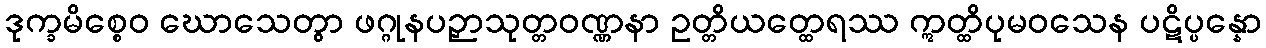
ဒုက္ခမိစ္စေဝ ဃောသေတွာ ဖဂ္ဂုနပဉှာသုတ္တဝဏ္ဏနာ ဥတ္တိယတ္ထေရဿ ဣတ္ထိပုမဝသေန ပဋိပ္ပန္နော